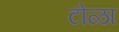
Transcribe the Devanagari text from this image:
टोळा